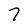
Character: 7